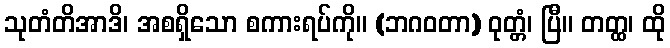
သုတံတိအာဒိ၊ အစရှိသော စကားရပ်ကို။ (ဘဂဝတာ) ဝုတ္တံ၊ ပြီ။ တတ္ထ၊ ထို